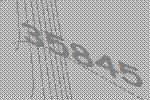
35845